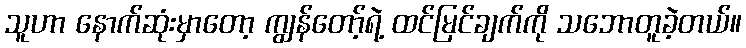
သူဟာ နောက်ဆုံးမှာတော့ ကျွန်တော့်ရဲ့ ထင်မြင်ချက်ကို သဘောတူခဲ့တယ်။